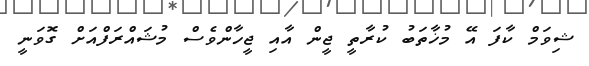
ޝިވަމް ކާފަ އޭ މުޚާތަބު ކުރާތީ ޖީން އާއި ޖީހާންވެސް މުޝައްރަފްއަށް ގޮވަނީ